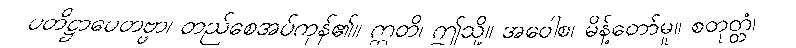
ပတိဋ္ဌာပေတဗ္ဗာ၊ တည်စေအပ်ကုန်၏။ ဣတိ၊ ဤသို့။ အဝေါစ၊ မိန့်တော်မူ။ စတုတ္တံ၊